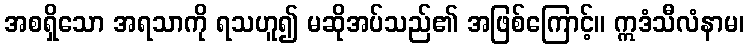
အစရှိသော အရသာကို ရသဟူ၍ မဆိုအပ်သည်၏ အဖြစ်ကြောင့်။ ဣဒံသီလံနာမ၊